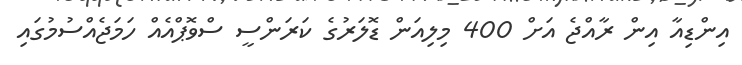
އިންޑިއާ އިން ރާއްޖެ އަށް 400 މިލިއަން ޑޮލަރުގެ ކަރަންސީ ސްވޮޕްއެއް ހަމަޖެއްސުމުގައި